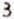
3